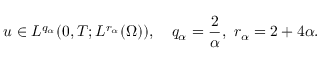
u \in L ^ { q _ { \alpha } } ( 0 , T ; L ^ { r _ { \alpha } } ( \Omega ) ) , \ \ \ q _ { \alpha } = \frac { 2 } { \alpha } , \ r _ { \alpha } = 2 + 4 \alpha .